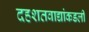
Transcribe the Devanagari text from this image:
दहशतवाद्यांकडली